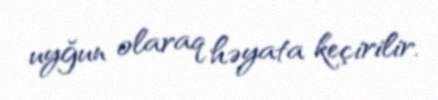
uyğun olaraq həyata keçirilir.